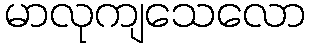
မာလုကျသေလော